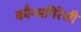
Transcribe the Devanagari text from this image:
कौन्सपिरेसी